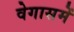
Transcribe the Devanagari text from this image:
वेगासमें